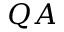
Q A